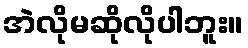
အဲလိုမဆိုလိုပါဘူး။